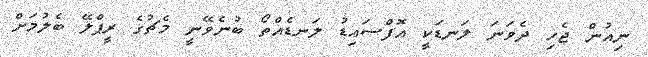
ނިއުން ޖެހި ދެވަނަ ލަނޑަކީ އޮފްސައިޑު ލަނޑެއްތޯ ބުނެވޭނީ މެޗުގެ ރީޕްލޭ ބެލުމަށް